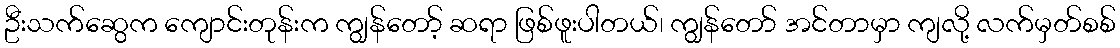
ဦးသက်ဆွေက ကျောင်းတုန်းက ကျွန်တော့် ဆရာ ဖြစ်ဖူးပါတယ်၊ ကျွန်တော် အင်တာမှာ ကျလို့ လက်မှတ်စစ်